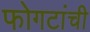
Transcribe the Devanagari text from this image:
फोगटांची